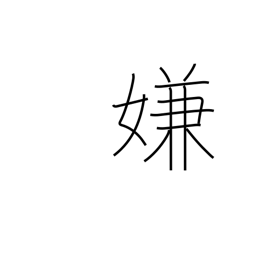
Meaning: detest